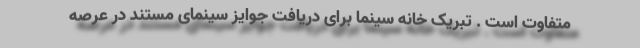
متفاوت است . تبریک خانه سینما برای دریافت جوایز سینمای مستند در عرصه